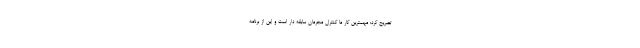
تصریح کرد: مهمترین کار ما کنترل مجرمان سابقه دار است و این از برنامه